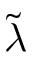
\tilde { \lambda }